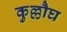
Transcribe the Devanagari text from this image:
कुल्लौघ